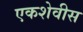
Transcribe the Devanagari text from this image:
एकशेवीस